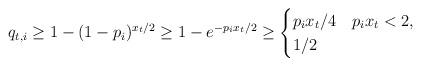
LaTeX: \begin{align*}q_{t,i} \geq 1-(1-p_i)^{x_t / 2} \geq 1-e^{-p_i x_t / 2} \geq \begin{cases} p_i x_t / 4 & p_ix_t<2, \\ 1/2 & \end{cases}\end{align*}